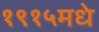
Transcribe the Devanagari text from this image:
१९१५मधे